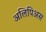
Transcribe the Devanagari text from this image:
अलिपिअस